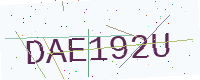
Text: DAE192U